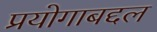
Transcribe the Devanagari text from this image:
प्रयोगाबद्दल